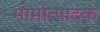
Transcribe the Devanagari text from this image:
मोमोत्पादक